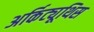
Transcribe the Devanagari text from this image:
अर्किट्यूथिस